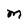
Character: M